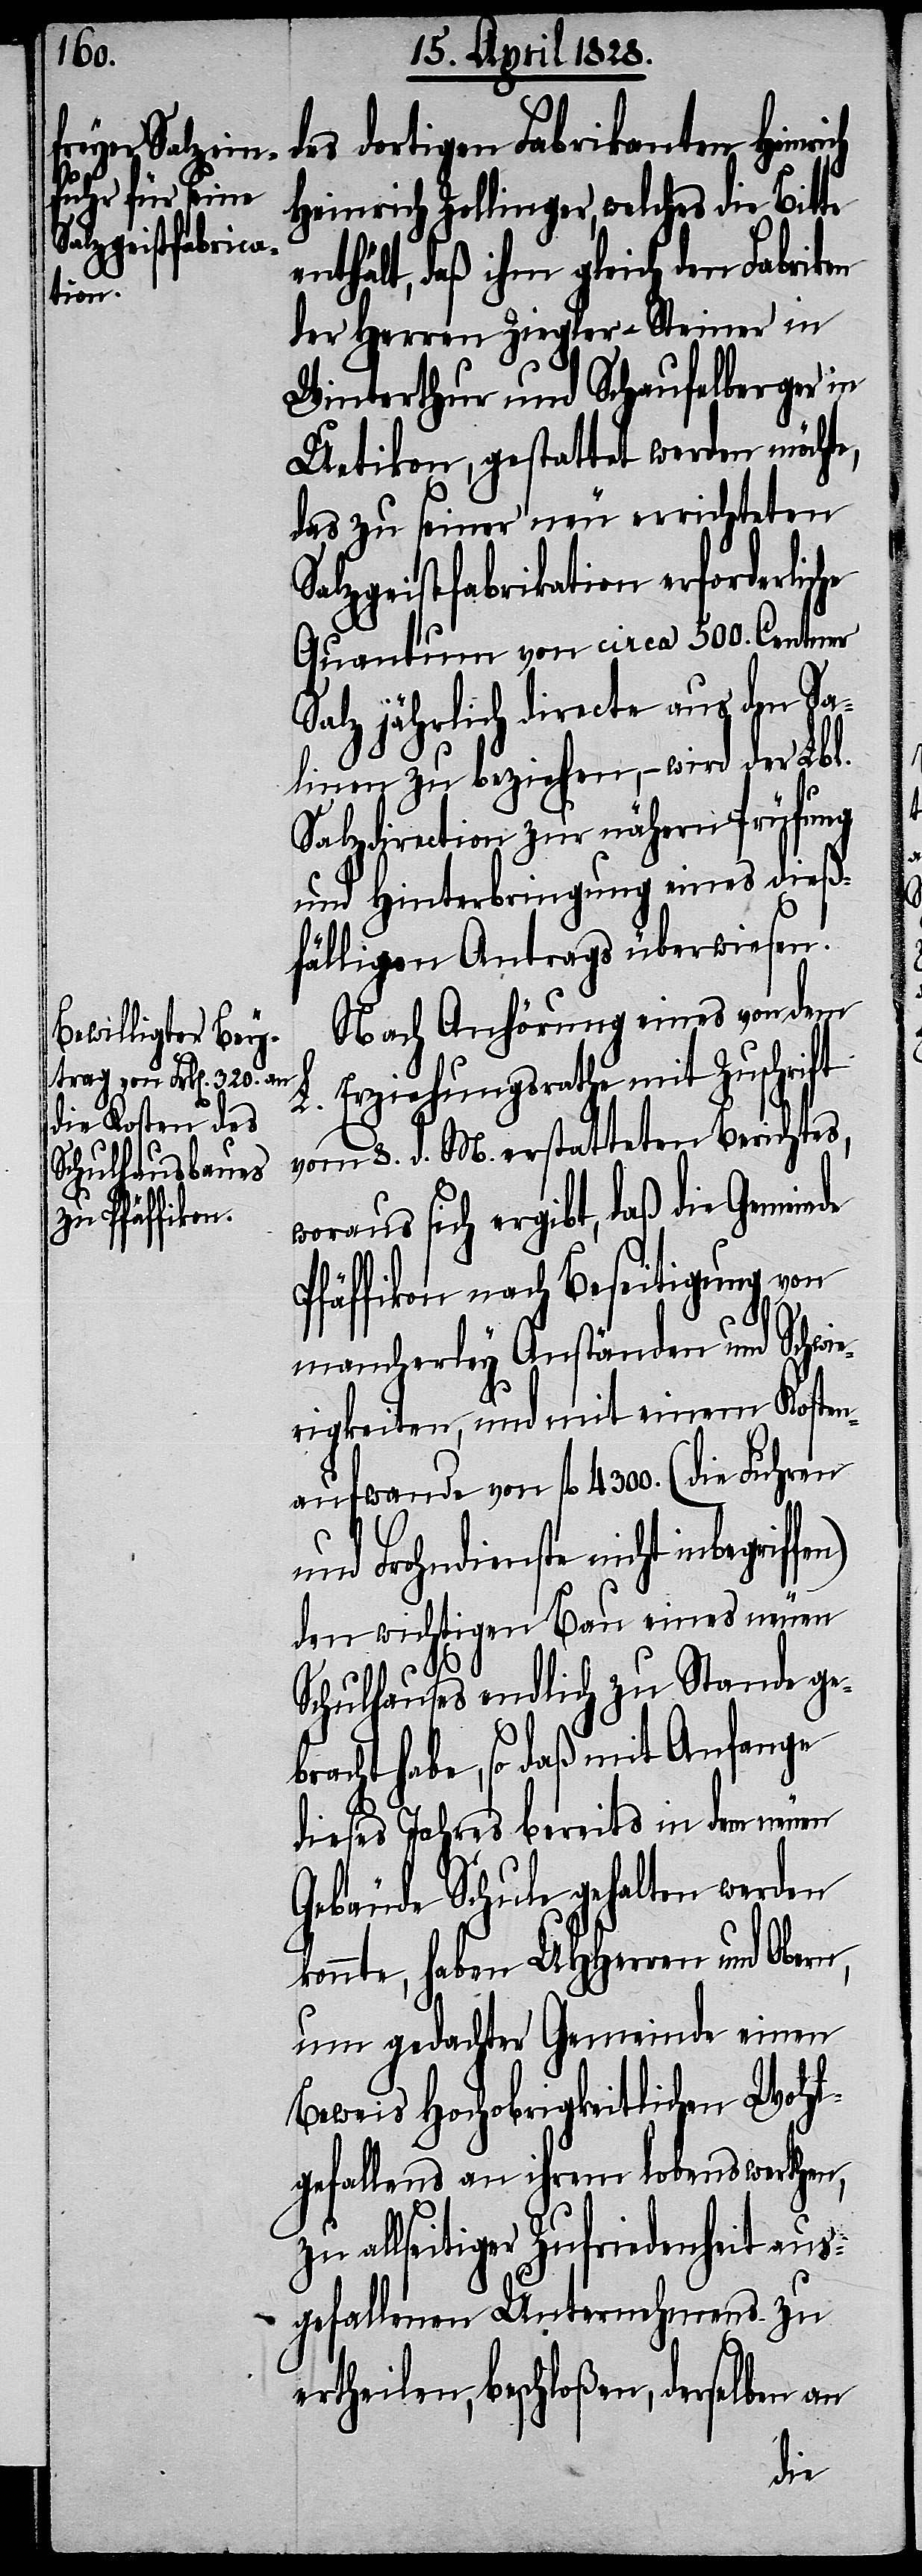
des dortigen Fabrikanten Heinri¬
ält, daß ihm gleich den Fabrik¬
der Herren Ziegler-Steiner in
Winterthur und Schaufelberger in
Uetikon, gestattet werden möchte,
das zu seiner neu errichteten
Salzgeistfabrikation erforderliche
Quantum von circa 500. Centner
Salz jährlich directe aus den Sa¬
linen zu beziehen, – wird der Lbl.
Salzdirection zur nähern Prüfung
und Hinterbringung eines dieß¬
fälligen Antrags überwiesen.
Nach Anhörung eines von dem
Erziehungsrathe mit Zuschrift
L.
vom 8. d. M. erstatteten Berichtes,
woraus sich ergibt, daß die Gemein¬
Pfäffikon nach Beseitigung von
mancherley Anständen und Schwi¬
erigkeiten, und mit einem Kosten¬
aufwande von fl. 4300. (die Fuhren
und Frohndienste nicht inbegriffen)
den wichtigen Bau eines neuen
Schulhauses endlich zu Stande ge¬
bracht habe, so daß mit Anfange
dieses Jahres bereits in dem neuen
Gebäude Schule gehalten werden
konnte, haben UHHerren und Obern,
um bedachter Gemeinde einen
Beweis Hochobrigkeitlichen Wohl¬
gefallens an ihrem lobenswerthen,
zu allseitiger Zufriedenheit aus¬
gefallenen Unternehmens zu
ertheilen, beschloßen, derselben an
de